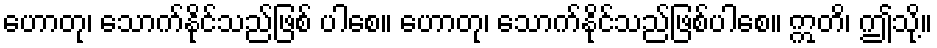
ဟောတု၊ သောက်နိုင်သည်ဖြစ် ပါစေ။ ဟောတု၊ သောက်နိုင်သည်ဖြစ်ပါစေ။ ဣတိ၊ ဤသို့။